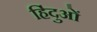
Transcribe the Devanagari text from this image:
हिंदुआें